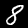
Digit: 8